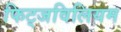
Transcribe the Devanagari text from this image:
फिट्जविलियम